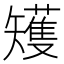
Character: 矱